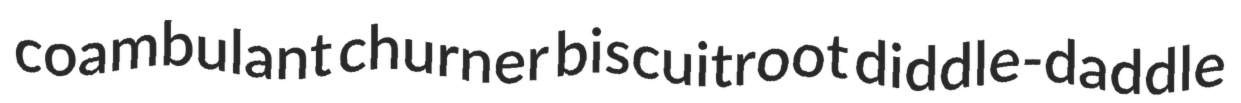
coambulant churner biscuitroot diddle-daddle